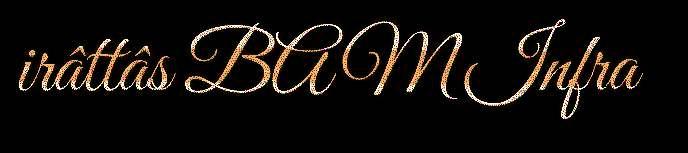
irâttâs BAM Infra